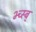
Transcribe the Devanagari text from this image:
भ्च्स्ब्